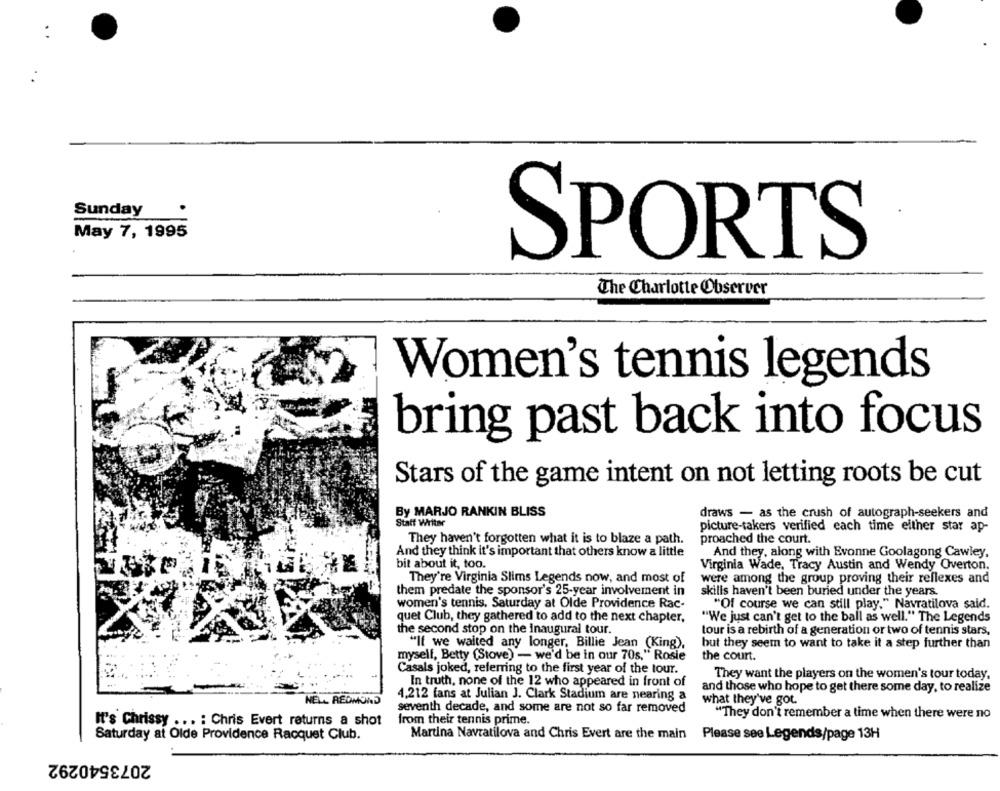
Sunday
May 7, 1995
SPORTS
The Charlotte Observer
Women's tennis legends
bring past back into focus
Stars of the game intent on not letting roots be cut
By MARJO RANKIN BLISS
draws - as the crush of autograph-seekers and
Staff Writer
picture-takers verified each time either star ap-
They haven't forgotten what it is to blaze a path.
proached the court.
And they think it's important that others know a little
And they, along with Evonne Goolagong Cawley,
bit about it, too.
Virginia Wade, Tracy Austin and Wendy Overton.
They're Virginia Slims Legends now, and most of
were among the group proving their reflexes and
them predate the sponsor's 25-year involvement in
skills haven't been buried under the years.
women's tennis. Saturday at Olde Providence Rac-
"Of course we can still play." Navratilova said.
quet Club, they gathered to add to the next chapter,
"We just can't get to the ball as well." The Legends
the second stop on the inaugural tour.
tour is a rebirth of a generation or two of tennis stars,
"If we waited any longer, Billie Jean (King),
but they seem to want to take it a step further than
myself, Betty (Stove) - we'd be in our 70s," Rosie
the court.
Casals joked, referring to the first year of the tour.
They want the players on the women's tour today,
In truth, none of the 12 who appeared in front of
and those who hope to get there some day, to realize
4.212 fans at Julian J. Clark Stadium are nearing a
NELL REDMOND
what they've got.
seventh decade, and some are not so far removed
"They don't remember a time when there were no
from their tennis prime.
It's Chrissy ... : Chris Evert returns a shot
Saturday at Olde Providence Racquet Club.
Martina Navratilova and Chris Evert are the main
Please see Legends/page 13H
2073540292